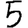
Digit: 5